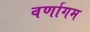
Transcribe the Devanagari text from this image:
वर्णागम